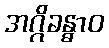
အဂ္ဂိခန္ဓာဝ